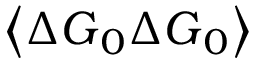
\left\langle \Delta \boldsymbol { G } _ { 0 } \Delta \boldsymbol { G } _ { 0 } \right\rangle